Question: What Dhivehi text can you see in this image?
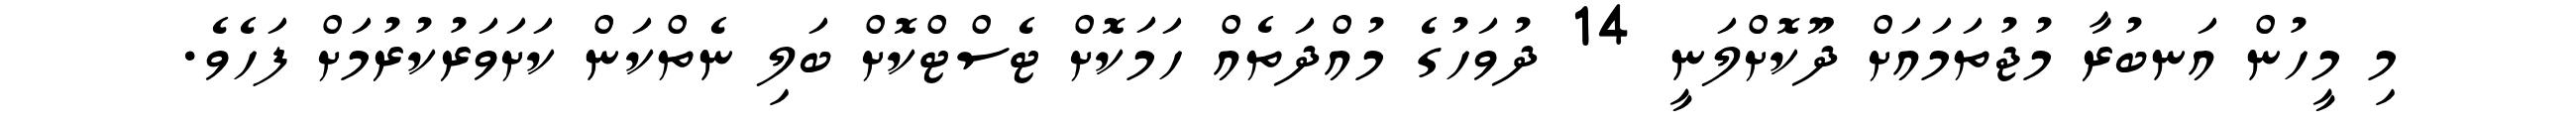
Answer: މި މީހުން އަނބުރާ މުޖުތަމައަށް ދޫކޮށްލަނީ 14 ދުވަހުގެ މުއްދަތެއް ހަމަކޮށް ޓެސްޓްކޮށް ބަލި ނެތްކަން ކަށަވަރުކުރުމަށް ފަހެވެ.